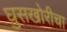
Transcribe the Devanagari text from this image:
घुसखोरीचा